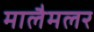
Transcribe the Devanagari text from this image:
मालैमलर